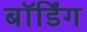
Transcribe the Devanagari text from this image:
बॉर्डिंग